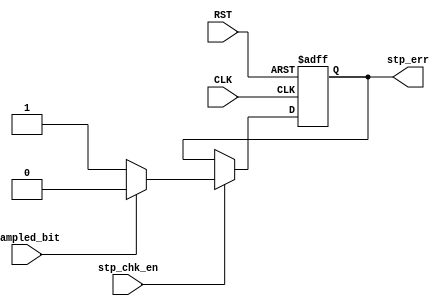
/********************************************************************************************/
/********************************************************************************************/
/**************************		Author: Alyaa Mohamed    ************************************/
/**************************		Module: stop_check       ************************************/
/********************************************************************************************/
/********************************************************************************************/

module stop_check 
(
    input   wire        stp_chk_en                      ,
    input   wire        sampled_bit                     ,
    input   wire        CLK                             ,
    input   wire        RST                             ,

    output  reg         stp_err
);

/********************************************************************************************/
/********************************************************************************************/

    always@(posedge CLK or negedge RST)
        begin

            if(!RST)
            
                stp_err <= 1'b0                         ;
            
            else if(stp_chk_en)
                begin
                    if(sampled_bit != 1'b1)

                        stp_err <= 1'b1                 ;
                    else

                        stp_err <= 1'b0                 ;
                end    

        end

endmodule